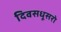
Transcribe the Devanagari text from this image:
दिवसधूसरो